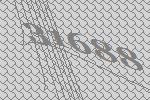
31688